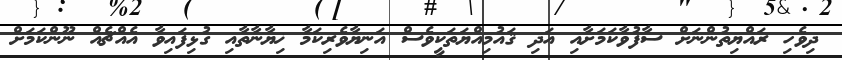
ދިވެހި ރައްޔިތުންނަށް ސާފުވާކަމަށާއި އަދި ޤައުމިއްޔަތަކީވެސް އަނިޔާވެރިކަމާ ޚިޔާނާތާއި ގުޅިފައިވާ އެއްޗެއް ނޫންކަމަށް